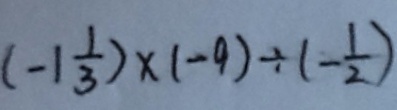
( - 1 \frac { 1 } { 3 } ) \times ( - 9 ) \div ( - \frac { 1 } { 2 } )